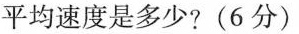
平均速度是多少?(6分)